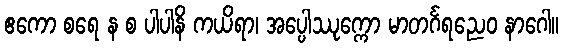
ဧကော စရေ န စ ပါပါနိ ကယိရာ၊ အပ္ပေါဿုက္ကော မာတင်္ဂရညေဝ နာဂေါ။